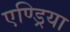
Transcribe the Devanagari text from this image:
एण्ड्रिया